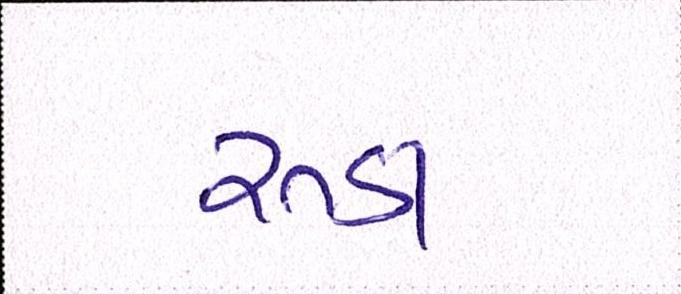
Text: રૂડા